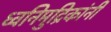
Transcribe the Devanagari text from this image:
ध्वनिमुद्रिकांनी